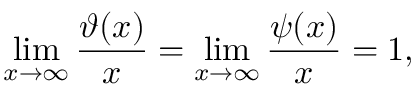
\operatorname* { l i m } _ { x \to \infty } { \frac { \vartheta ( x ) } { x } } = \operatorname* { l i m } _ { x \to \infty } { \frac { \psi ( x ) } { x } } = 1 ,